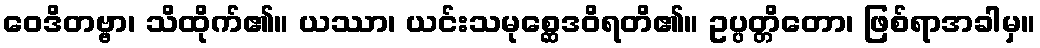
ဝေဒိတဗ္ဗာ၊ သိထိုက်၏။ ယဿာ၊ ယင်းသမုစ္ဆေဒဝိရတိ၏။ ဥပ္ပတ္တိတော၊ ဖြစ်ရာအခါမှ။